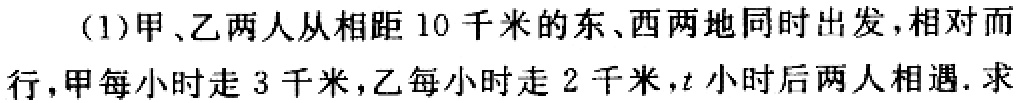
(1)甲、乙两人从相距 10 千米的东、西两地同时出发，相对而行，甲每小时走 3 千米，乙每小时走 2 千米，\(t\)小时后两人相遇. 求